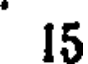
15